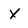
Character: x